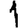
Digit: 1